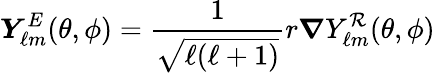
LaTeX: \boldsymbol{Y}_{\ell m}^{E}(\theta,\phi)=\frac{1}{\sqrt{\ell(\ell+1)}}r\boldsymbol{\nabla}Y_{\ell m}^{\cal R}(\theta,\phi)